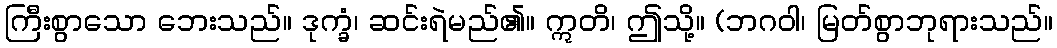
ကြီးစွာသော ဘေးသည်။ ဒုက္ခံ၊ ဆင်းရဲမည်၏။ ဣတိ၊ ဤသို့။ (ဘဂဝါ၊ မြတ်စွာဘုရားသည်။